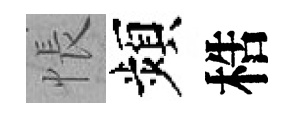
悵頻梏